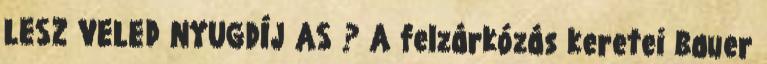
LESZ VELED NYUGDÍJ AS ? A felzárkózás keretei Bauer